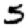
Digit: 5